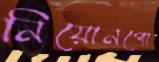
নিয়োনপো